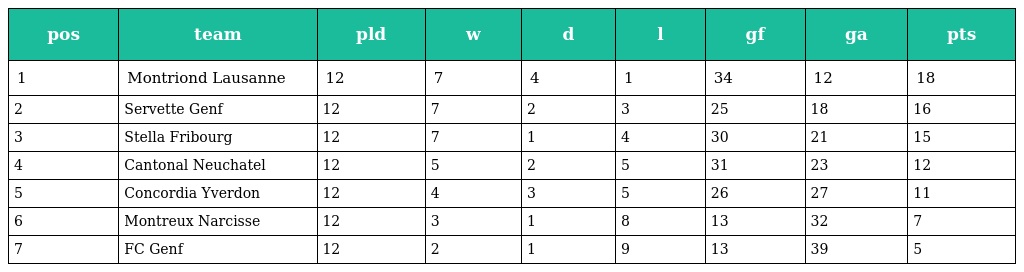
| pos | team | pld | w | d | l | gf | ga | pts |
 | --- | --- | --- | --- | --- | --- | --- | --- | --- |
 | 1 | Montriond Lausanne | 12 | 7 | 4 | 1 | 34 | 12 | 18 |
 | 2 | Servette Genf | 12 | 7 | 2 | 3 | 25 | 18 | 16 |
 | 3 | Stella Fribourg | 12 | 7 | 1 | 4 | 30 | 21 | 15 |
 | 4 | Cantonal Neuchatel | 12 | 5 | 2 | 5 | 31 | 23 | 12 |
 | 5 | Concordia Yverdon | 12 | 4 | 3 | 5 | 26 | 27 | 11 |
 | 6 | Montreux Narcisse | 12 | 3 | 1 | 8 | 13 | 32 | 7 |
 | 7 | FC Genf | 12 | 2 | 1 | 9 | 13 | 39 | 5 |